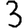
Digit: 3